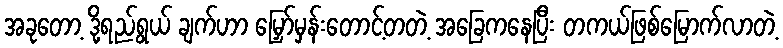
အခုတော့ ဒို့ရည်ရွယ် ချက်ဟာ မြှော်မှန်းတောင့်တတဲ့ အခြေကနေပြီး တကယ်ဖြစ်မြောက်လာတဲ့